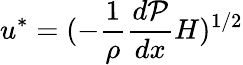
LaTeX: u^{*}=(-\frac{1}{\rho}\frac{d\mathcal{P}}{dx}H)^{1/2}